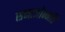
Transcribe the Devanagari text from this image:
समाजोन्नति